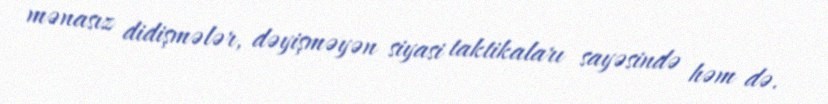
mənasız didişmələr, dəyişməyən siyasi taktikaları sayəsində həm də.